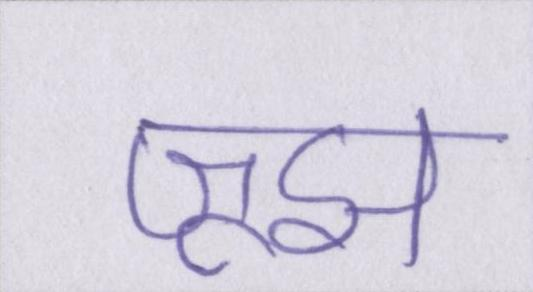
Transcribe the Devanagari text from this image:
जूझ